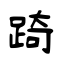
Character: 踦